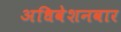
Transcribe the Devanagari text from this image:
अधिवेशनवार